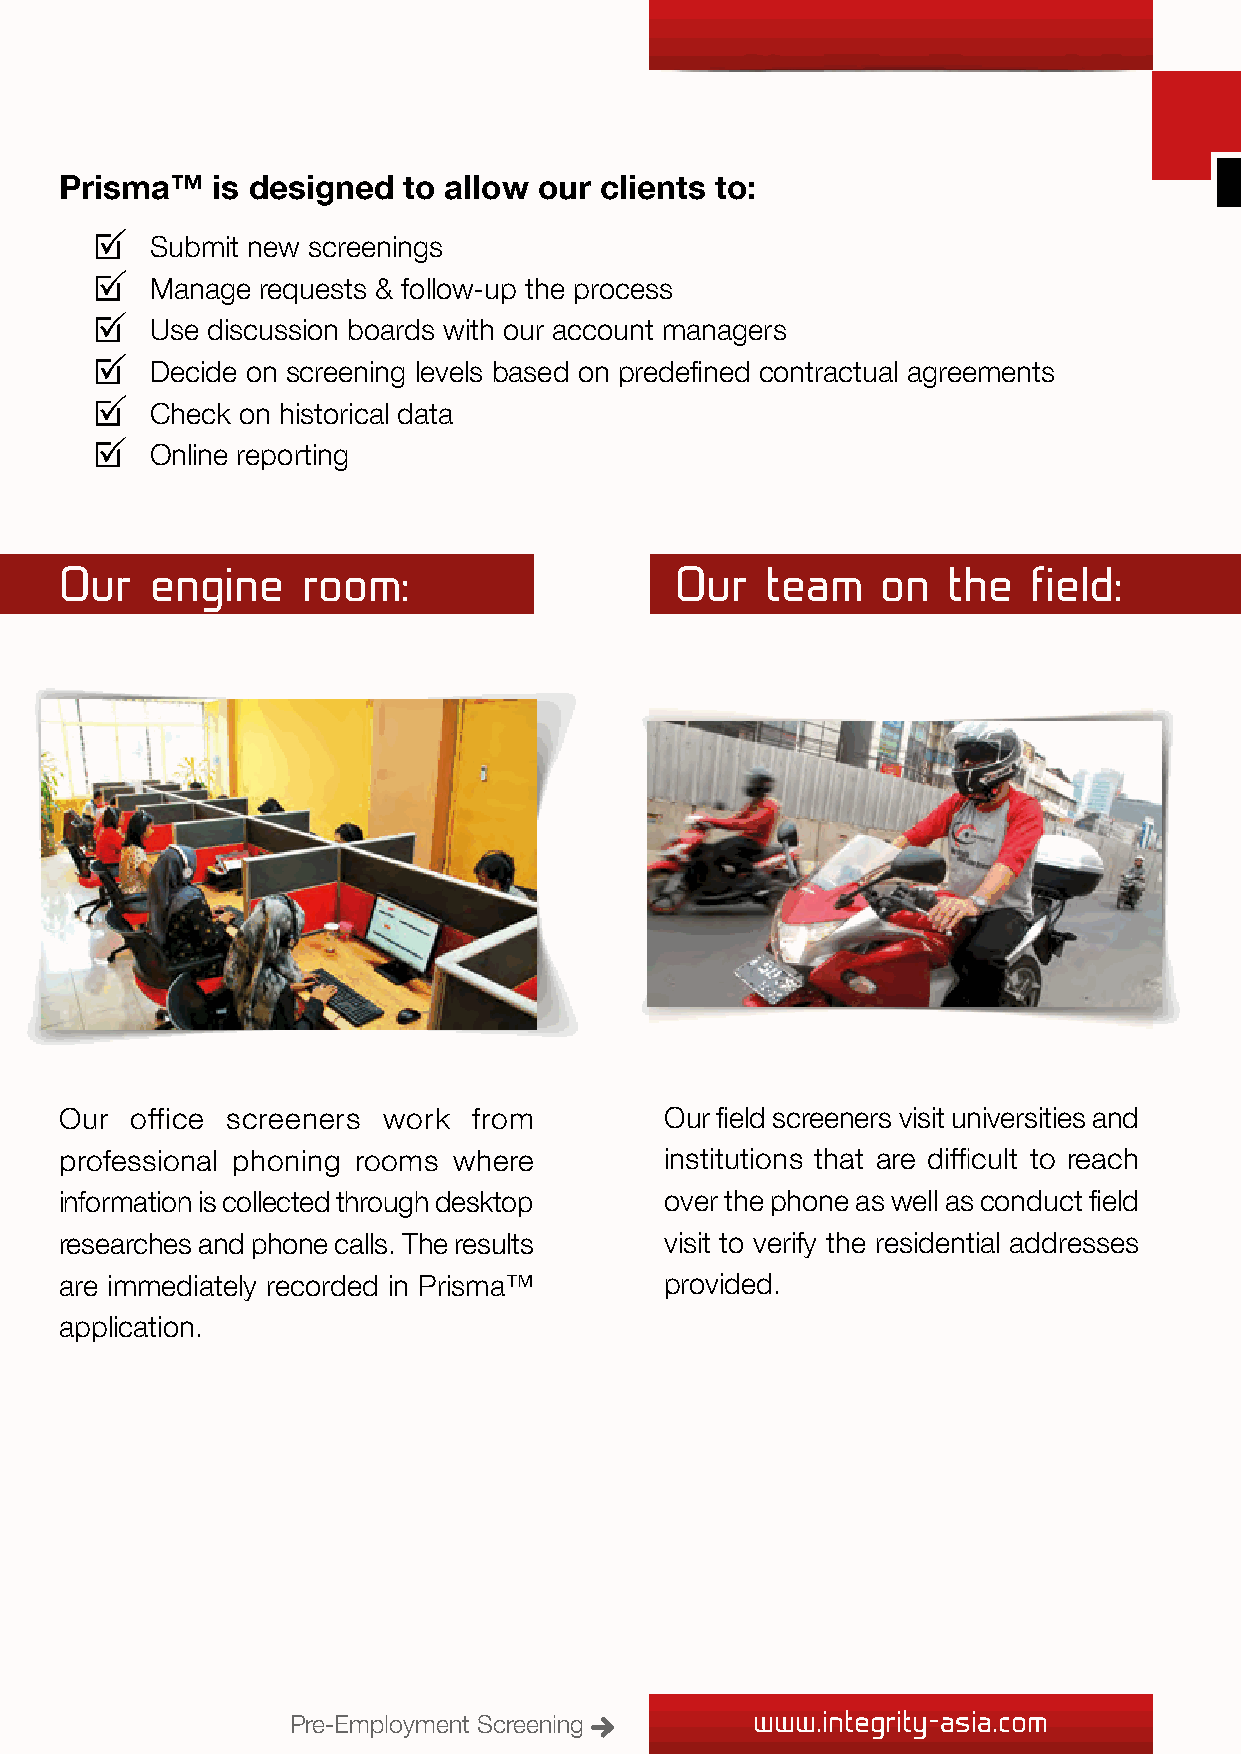
Prisma™   is designed  to allow our clients to:
 S ubmit new screenings
 M anage requests & follow-up the process
 U se discussion boards with our account managers
 Decide on screening levels based on predefined contractual agreements
 C heck on historical data
 Online reporting
 Our   engine    room:                    Our   team   on   the  field:
 Our  office screeners work from         Our field screeners visit universities and
 professional phoning rooms where        institutions that are difficult to reach
 information is collected through desktop over the phone as well as conduct field
 researches and phone calls. The results visit to verify the residential addresses
 are immediately recorded in Prisma™     provided.
 application.
 Pre-Employment Screening       www.integrity-asia.com